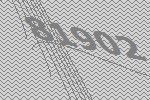
81902